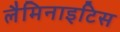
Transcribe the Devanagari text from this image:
लैमिनाइटिस